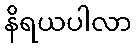
နိရယပါလာ